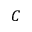
C